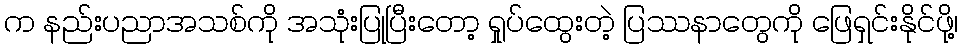
က နည်းပညာအသစ်ကို အသုံးပြုပြီးတော့ ရှုပ်ထွေးတဲ့ ပြဿနာတွေကို ဖြေရှင်းနိုင်ဖို့၊